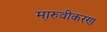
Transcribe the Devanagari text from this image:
मा्रुवीकरण